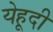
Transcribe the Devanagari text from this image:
येहूदी